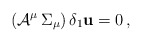
\begin{align*}\left({\cal A}^{\mu} \, \Sigma_{\mu} \right) \delta_1 {\bf u} =0 \, , \end{align*}